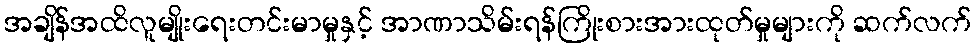
အချိန်အထိလူမျိုးရေးတင်းမာမှုနှင့် အာဏာသိမ်းရန်ကြိုးစားအားထုတ်မှုများကို ဆက်လက်